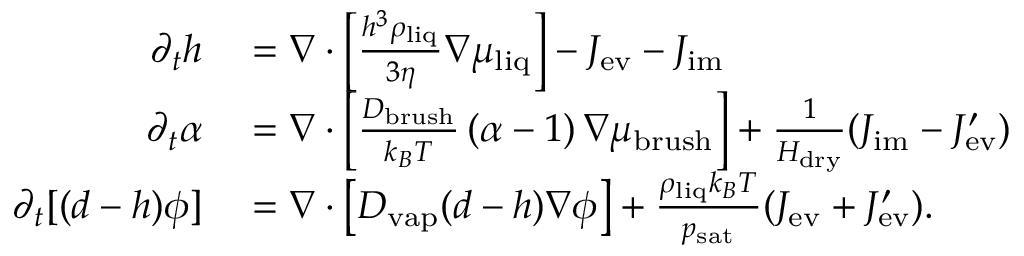
\begin{array} { r l } { \partial _ { t } h } & { { } = \nabla \cdot \left[ \frac { h ^ { 3 } \rho _ { \mathrm { l i q } } } { 3 \eta } \nabla \mu _ { \mathrm { l i q } } \right] - J _ { \mathrm { e v } } - J _ { \mathrm { i m } } } \\ { \partial _ { t } \alpha } & { { } = \nabla \cdot \left[ \frac { D _ { \mathrm { b r u s h } } } { k _ { B } T } \, ( \alpha - 1 ) \, \nabla \mu _ { \mathrm { b r u s h } } \right] + \frac { 1 } { H _ { \mathrm { d r y } } } ( J _ { \mathrm { i m } } - J _ { \mathrm { e v } } ^ { \prime } ) } \\ { \partial _ { t } [ ( d - h ) \phi ] } & { { } = \nabla \cdot \left[ D _ { \mathrm { v a p } } ( d - h ) \nabla \phi \right] + \frac { \rho _ { \mathrm { l i q } } k _ { B } T } { p _ { \mathrm { s a t } } } ( J _ { \mathrm { e v } } + J _ { \mathrm { e v } } ^ { \prime } ) . } \end{array}